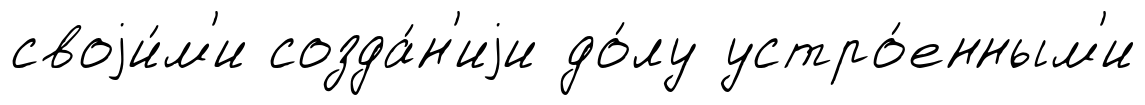
своjи́м'и созда́н'иjи до́лу устро́енным'и